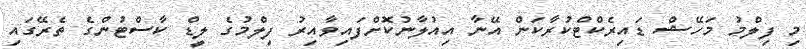
މި ފިލްމު މަހޭޝް ޑައިރެކްޓްކުރާކަން އޭނާ އިއުލާނުކޮށްފައިވާއިރު ފިލްމުގެ ލީޑް ކާސްޓުންގެ ތެރޭގައި